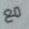
مع